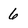
Character: 6